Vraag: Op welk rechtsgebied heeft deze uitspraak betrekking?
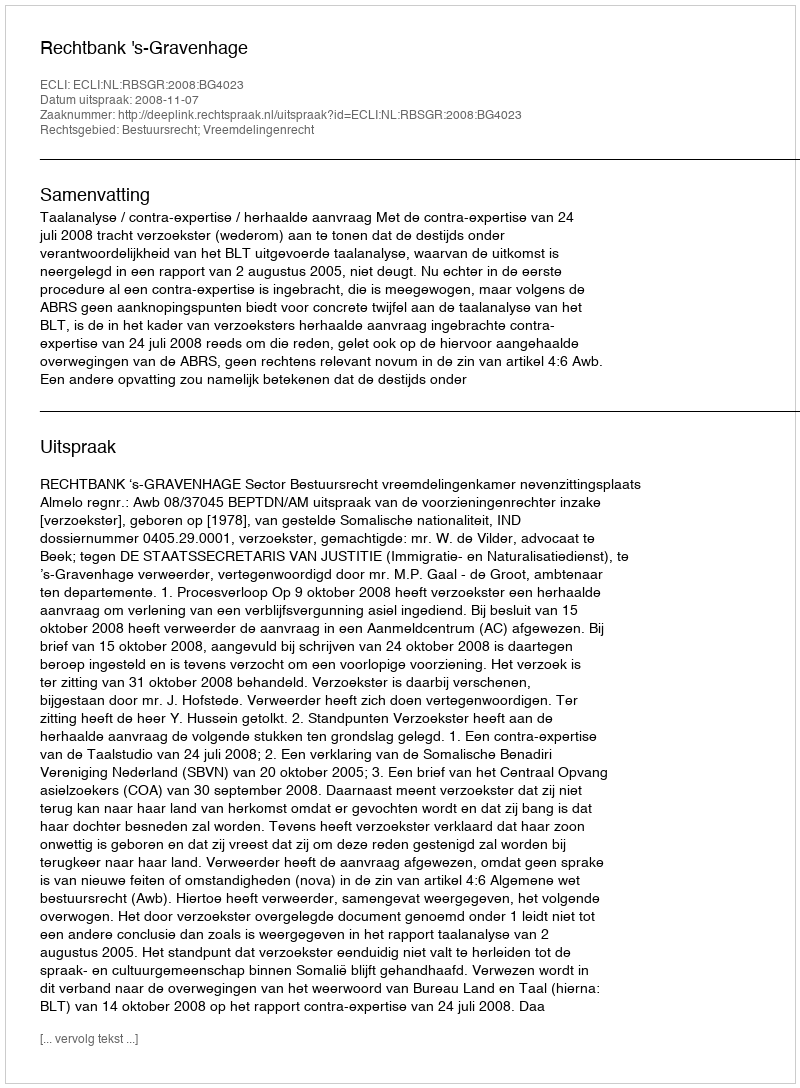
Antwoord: Bestuursrecht; Vreemdelingenrecht